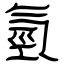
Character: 氫